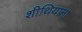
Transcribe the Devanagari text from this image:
शीथियाना